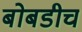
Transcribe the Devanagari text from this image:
बोबडीच